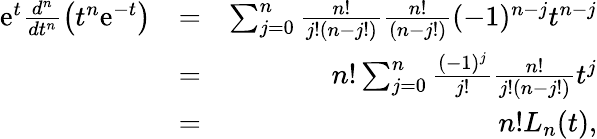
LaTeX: \begin{array}{rlr}{\mathrm{e}^{t}\frac{d^{n}}{dt^{n}}\left(t^{n}\mathrm{e}^{-t}\right)}&{=}&{\sum_{j=0}^{n}\frac{n!}{j!(n-j!)}\frac{n!}{(n-j!)}(-1)^{n-j}t^{n-j}}\\ &{=}&{n!\sum_{j=0}^{n}\frac{(-1)^{j}}{j!}\frac{n!}{j!(n-j!)}t^{j}}\\ &{=}&{n!L_{n}(t),}\end{array}